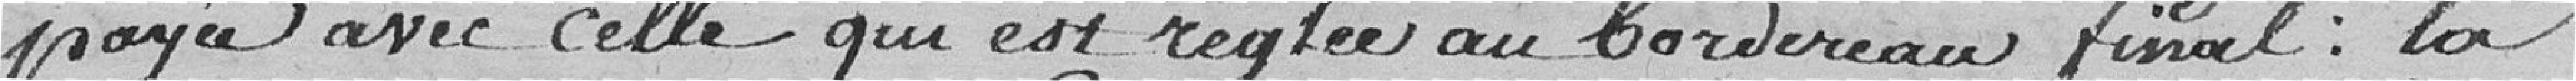
payée avec celle qui est réglée au bordereau final : la